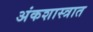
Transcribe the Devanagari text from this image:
अंकशास्त्रात